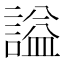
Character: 謚